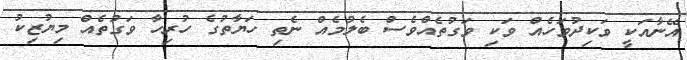
އޭނާއަކީ ވަކިދުވަހެއް ވަކި ވަގުތެއްވެސް ބެލުމެއް ނެތި ހަޔާތުގެ ހުރިހާ ވަގުތެއް މިޔުޒިކު